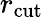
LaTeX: r_{\mathrm{cut}}